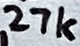
Text: 27k